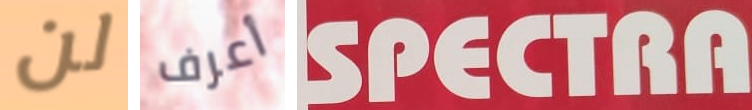
لن أعرف SPECTRA